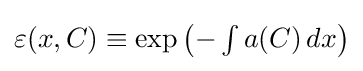
{\textstyle \varepsilon (x,C)\equiv \exp {\left(-\int a(C)\,dx\right)}}